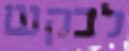
לבקש